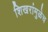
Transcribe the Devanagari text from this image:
शिखरांमुळेच